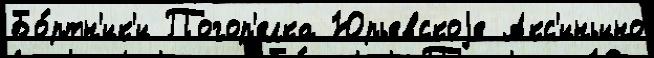
Бо́ртн'ик'и Погор'елка Юрьевскоjе Акс'иньино